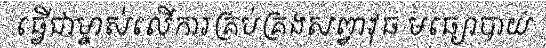
ធ្វើជាម្ចាស់លើការគ្រប់គ្រងសព្វាវុធ មធ្យោបាយ